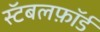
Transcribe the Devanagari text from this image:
स्टॅबलफ़ॉर्ड